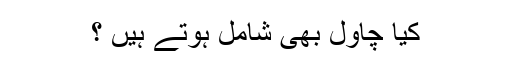
کیا چاول بھی شامل ہوتے ہیں ؟